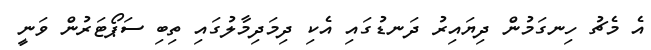
އެ މެޗު ހިނގަމުން ދިޔައިރު ދަނޑުގައި އެކި ދިމަދިމާލުގައި ތިބި ސަޕޯޓަރުން ވަނީ